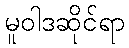
မူဝါဒဆိုင်ရာ